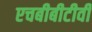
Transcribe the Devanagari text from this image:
एचबीबीटीवी